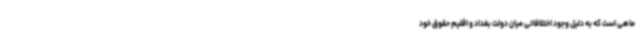
ماهی است که به دلیل وجود اختلافاتی میان دولت بغداد و اقلیم حقوق خود